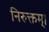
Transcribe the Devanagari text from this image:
निरुक्तम्।